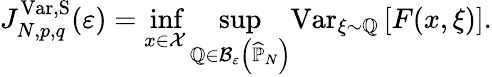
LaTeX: J_{N,p,q}^{\mathrm{Var},\mathrm{S}}(\varepsilon)=\operatorname*{inf}_{x\in\mathcal{X}}{\displaystyle\operatorname*{sup}_{\mathbb{Q}\in\mathcal{B}_{\varepsilon}\left(\widehat{\mathbb{P}}_{N}\right)}}\mathrm{Var}_{\xi\sim\mathbb{Q}}\left[F(x,\xi)\right].